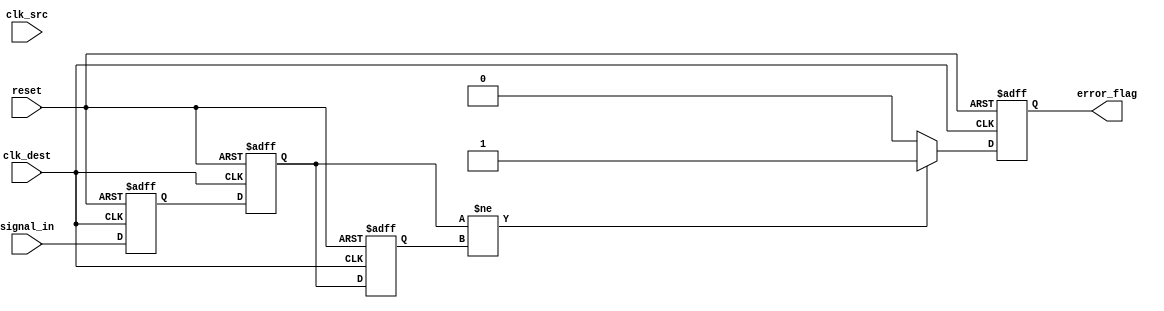
module cdc_detector (
    input wire clk_src,         // Source clock
    input wire clk_dest,        // Destination clock
    input wire reset,           // Reset signal
    input wire signal_in,       // Input signal to monitor
    output reg error_flag       // Error flag output
);

    // Synchronizer registers
    reg signal_sync1;
    reg signal_sync2;

    // Previous state register for edge detection
    reg signal_prev;

    // Synchronizer process
    always @(posedge clk_dest or posedge reset) begin
        if (reset) begin
            signal_sync1 <= 1'b0;
            signal_sync2 <= 1'b0;
            error_flag <= 1'b0;
            signal_prev <= 1'b0;
        end else begin
            // Sample the input signal from the source clock domain
            signal_sync1 <= signal_in; // First stage of synchronizer
            signal_sync2 <= signal_sync1; // Second stage of synchronizer
            
            // Edge detection logic
            if (signal_sync2 != signal_prev) begin
                error_flag <= 1'b1; // Set error flag if a transition is detected
            end else begin
                error_flag <= 1'b0; // Clear error flag if no transition
            end
            
            // Update previous state
            signal_prev <= signal_sync2;
        end
    end

endmodule